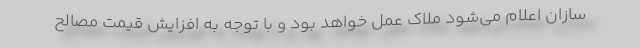
‌سازان اعلام می‌شود ملاک عمل خواهد بود و با توجه به افزایش قیمت مصالح